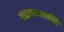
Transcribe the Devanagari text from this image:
शाम्भवशक्ति